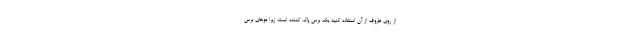
از روی ظروف از آن استفاده کنید یک برس پاک کننده است، زیرا موهای برس